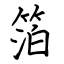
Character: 箔